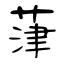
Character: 葏